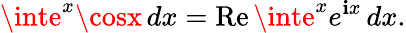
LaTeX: \inte^{x}\cosx\, dx=\operatorname{Re}\inte^{x}e^{\mathbf{i}x}\, dx.